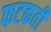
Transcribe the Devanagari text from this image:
फटकती